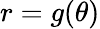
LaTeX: r=g(\theta)